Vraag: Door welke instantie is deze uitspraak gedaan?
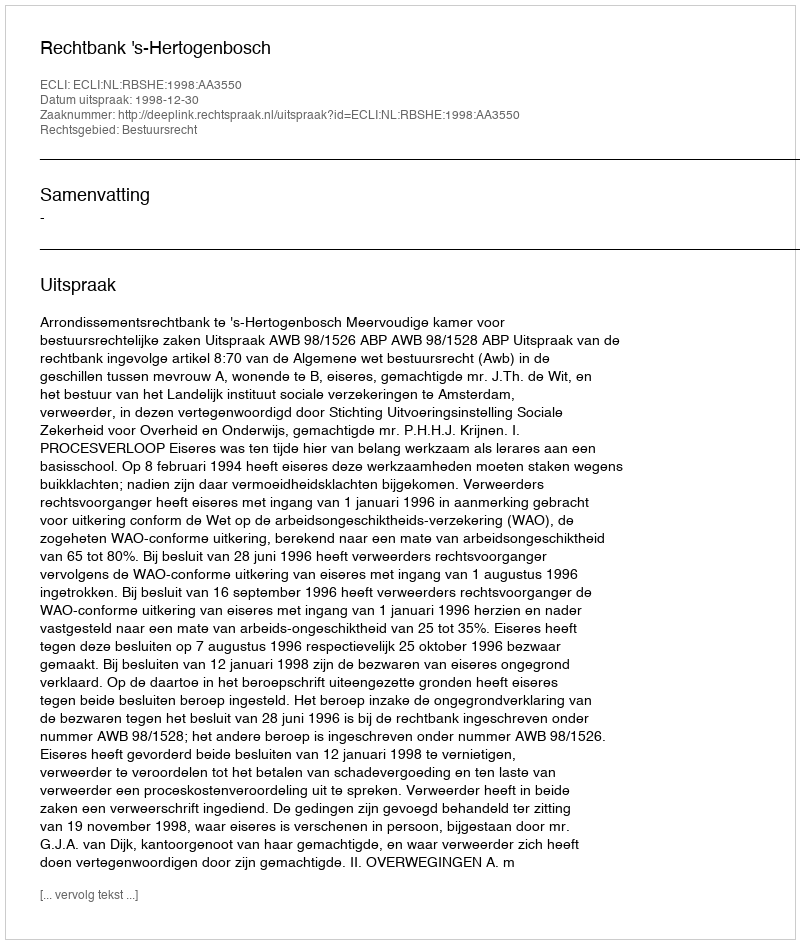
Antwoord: Rechtbank 's-Hertogenbosch